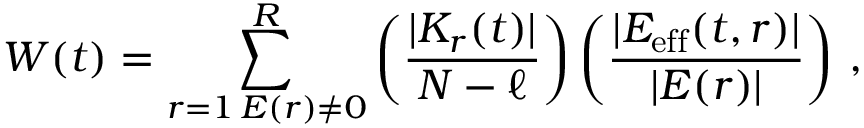
W ( t ) = \sum _ { \substack { r = 1 \, E ( r ) \neq 0 } } ^ { R } \left( \frac { | K _ { r } ( t ) | } { N - \ell } \right) \left( \frac { | E _ { \mathrm { e f f } } ( t , r ) | } { | E ( r ) | } \right) \, ,